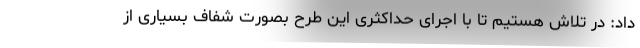
داد: در تلاش هستیم تا با اجرای حداکثری این طرح بصورت شفاف بسیاری از